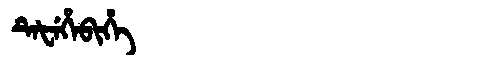
Manchu: ᡨᡝᡶᡝᡥᡝᠪᡳᡥᡝ
Romanization: TEFEHEBIHE